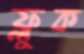
ফ্লুক